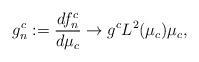
LaTeX: \begin{align*}g^c_n:=\frac{df^c_n}{d\mu_c}\rightarrow g^cL^2(\mu_c)\mu_c, \end{align*}